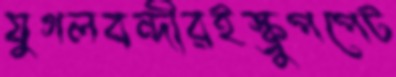
যুগলবন্দীরইস্ক্রুপপেট